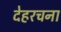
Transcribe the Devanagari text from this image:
देहरचना